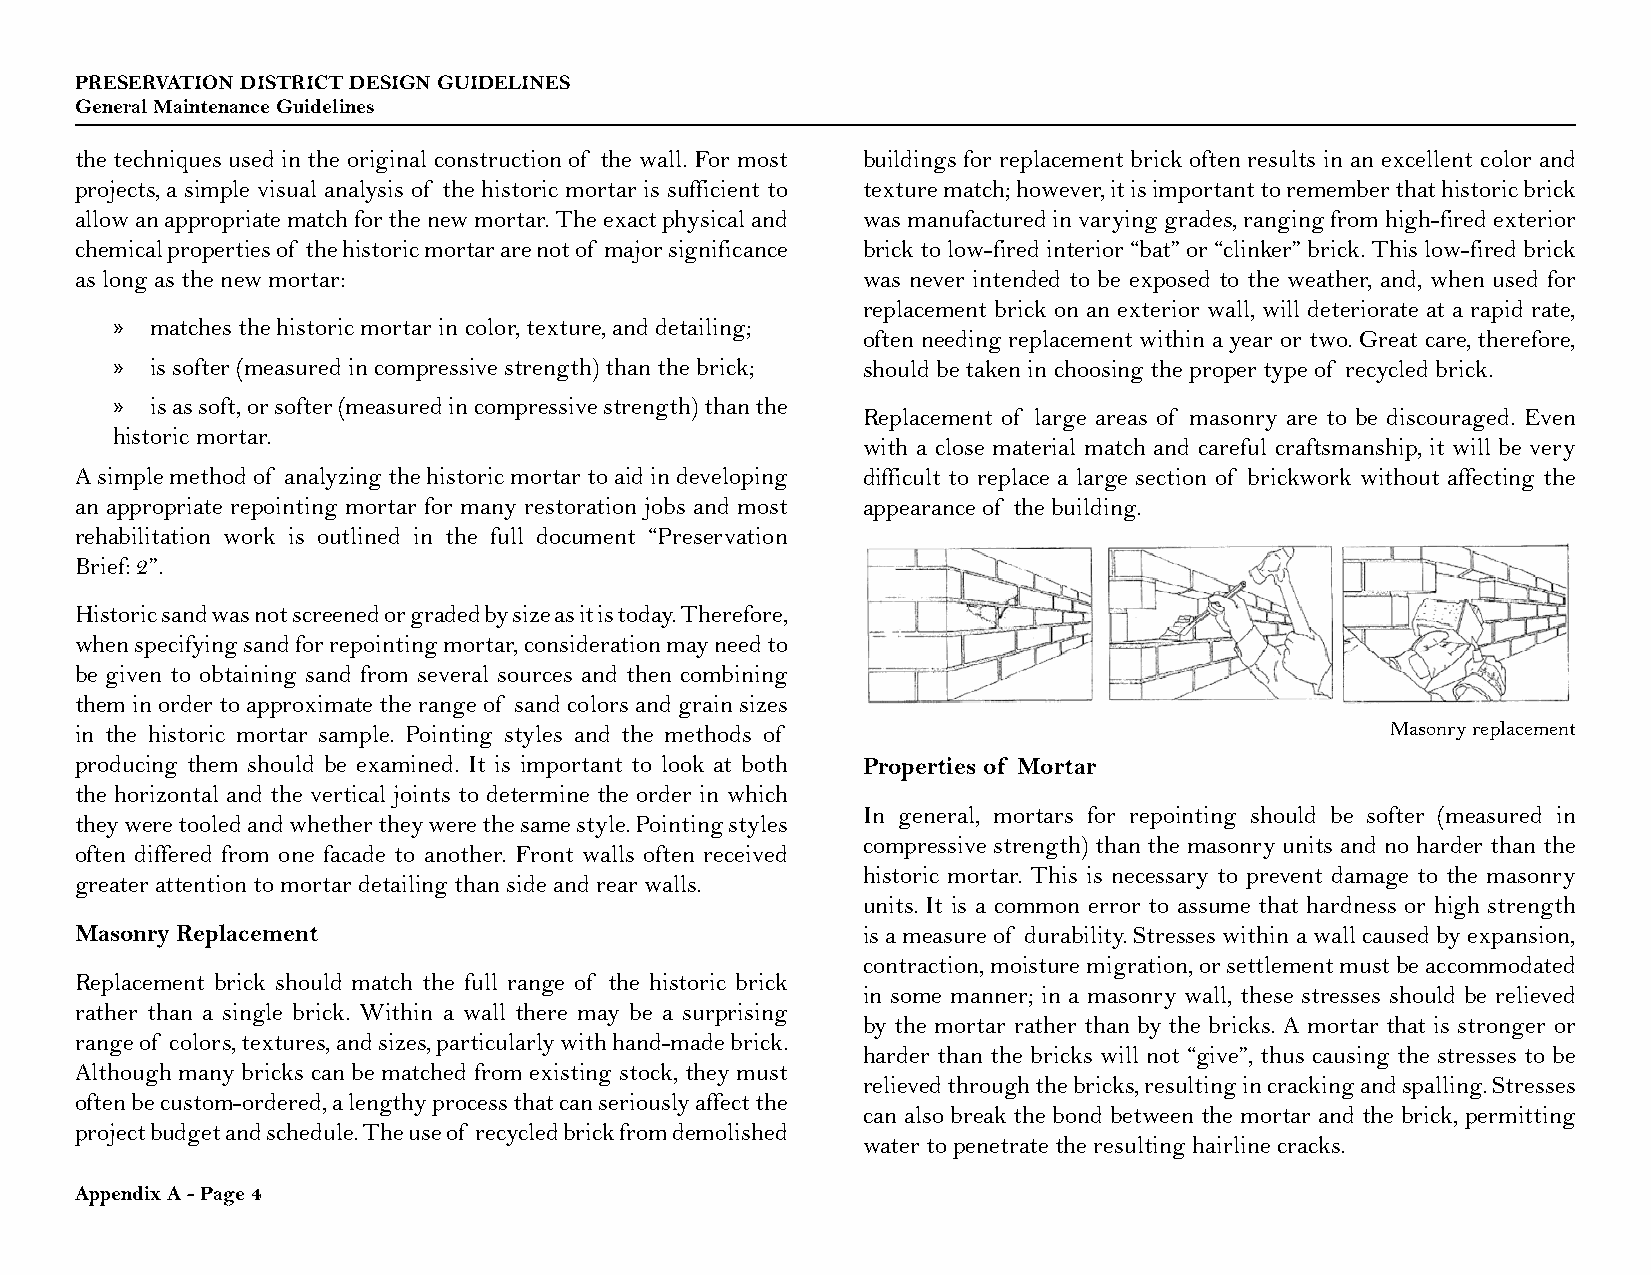
PRESERVATION DISTRICT DESIGN GUIDELINES
 General Maintenance Guidelines
 the techniques used in the original construction of the wall. For most buildings for replacement brick often results in an excellent color and
 projects, a simple visual analysis of the historic mortar is sufficient to texture match; however, it is important to remember that historic brick
 allow an appropriate match for the new mortar. The exact physical and was manufactured in varying grades, ranging from high-fired exterior
 chemical properties of the historic mortar are not of major significance brick to low-fired interior “bat” or “clinker” brick. This low-fired brick
 as long as the new mortar:                          was never intended to be exposed to the weather, and, when used for
 replacement brick on an exterior wall, will deteriorate at a rapid rate,
 »  matches the historic mortar in color, texture, and detailing;
 often needing replacement within a year or two. Great care, therefore,
 »  is softer (measured in compressive strength) than the brick; should be taken in choosing the proper type of recycled brick.
 »  is as soft, or softer (measured in compressive strength) than the
 Replacement of large areas of masonry are to be discouraged. Even
 historic mortar.
 with a close material match and careful craftsmanship, it will be very
 A simple method of analyzing the historic mortar to aid in developing difficult to replace a large section of brickwork without affecting the
 an appropriate repointing mortar for many restoration jobs and most appearance of the building.
 rehabilitation work is outlined in the full document “Preservation
 Brief: 2”.
 Historic sand was not screened or graded by size as it is today. Therefore,
 when specifying sand for repointing mortar, consideration may need to
 be given to obtaining sand from several sources and then combining
 them in order to approximate the range of sand colors and grain sizes
 in the historic mortar sample. Pointing styles and the methods of                      Masonry replacement
 producing them should be examined. It is important to look at both Properties of Mortar
 the horizontal and the vertical joints to determine the order in which
 In general, mortars for repointing should be softer (measured in
 they were tooled and whether they were the same style. Pointing styles
 compressive strength) than the masonry units and no harder than the
 often differed from one facade to another. Front walls often received
 historic mortar. This is necessary to prevent damage to the masonry
 greater attention to mortar detailing than side and rear walls.
 units. It is a common error to assume that hardness or high strength
 Masonry Replacement                                 is a measure of durability. Stresses within a wall caused by expansion,
 contraction, moisture migration, or settlement must be accommodated
 Replacement brick should match the full range of the historic brick
 in some manner; in a masonry wall, these stresses should be relieved
 rather than a single brick. Within a wall there may be a surprising
 by the mortar rather than by the bricks. A mortar that is stronger or
 range of colors, textures, and sizes, particularly with hand-made brick.
 harder than the bricks will not “give”, thus causing the stresses to be
 Although many bricks can be matched from existing stock, they must
 relieved through the bricks, resulting in cracking and spalling. Stresses
 often be custom-ordered, a lengthy process that can seriously affect the
 can also break the bond between the mortar and the brick, permitting
 project budget and schedule. The use of recycled brick from demolished
 water to penetrate the resulting hairline cracks.
 Appendix A - Page 4